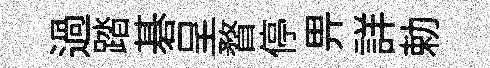
過踏碁呈瞀停畀詳勅